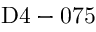
\mathrm { D 4 - 0 7 5 }